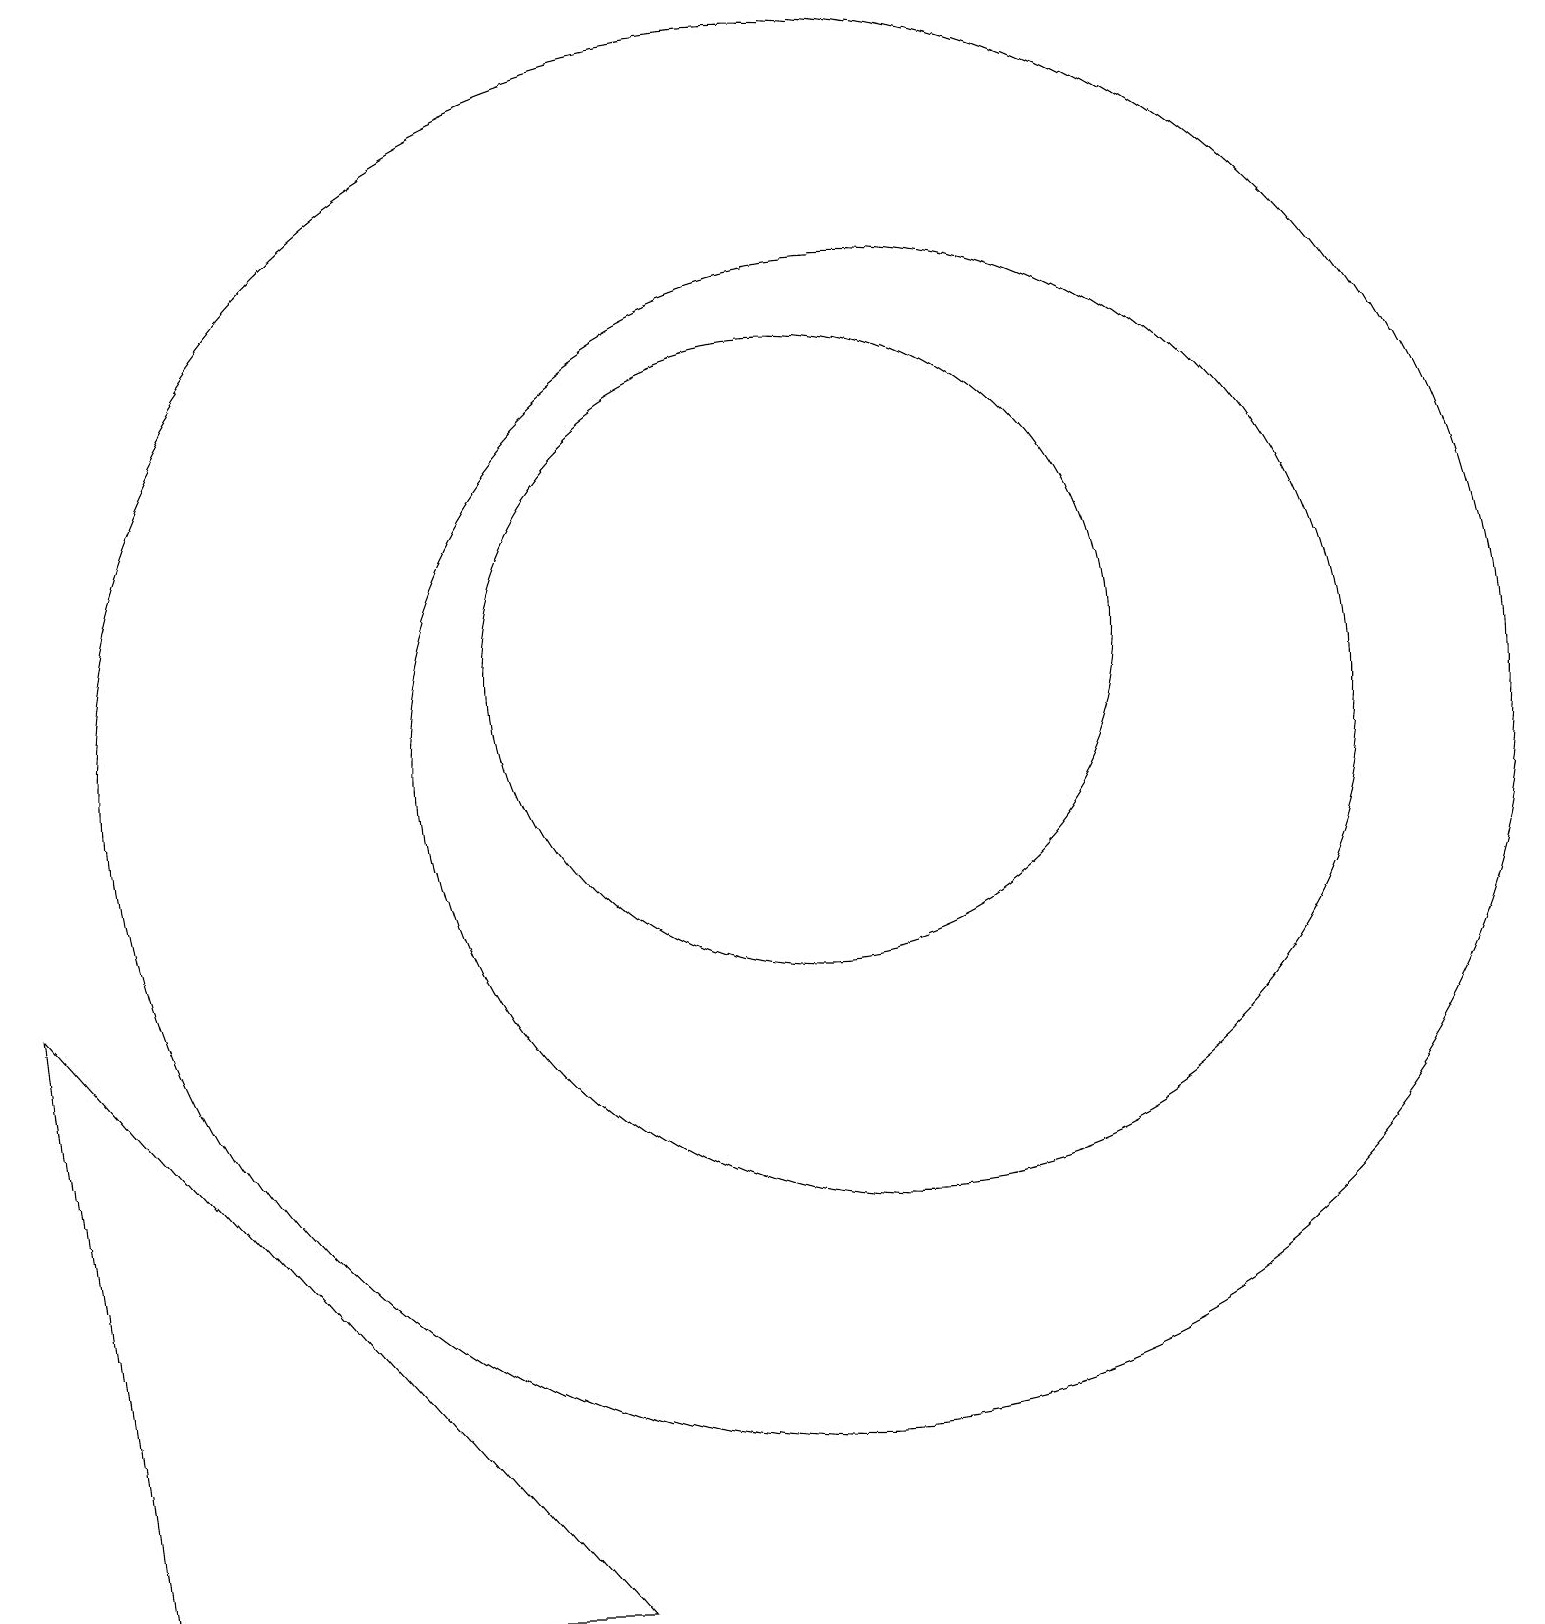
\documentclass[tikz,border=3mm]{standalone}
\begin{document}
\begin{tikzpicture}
\draw (10,11) circle (9);
\draw (1,0) -- (7,0) -- (0,8) -- cycle;
\draw (11,11) circle (6);
\draw (10,12) circle (4);
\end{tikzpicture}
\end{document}